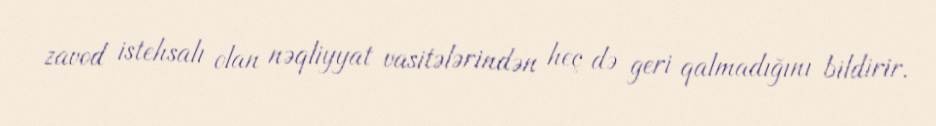
zavod istehsalı olan nəqliyyat vasitələrindən heç də geri qalmadığını bildirir.